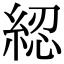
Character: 綛